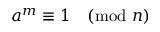
a ^ { m } \equiv 1 { \pmod { n } }